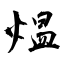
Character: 煴